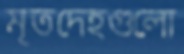
মৃতদেহগুলো